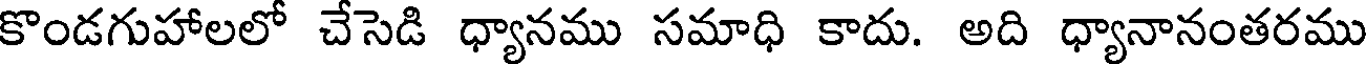
కొండగుహాలలో చేసెడి ధ్యానము సమాధి కాదు. అది ధ్యానానంతరము